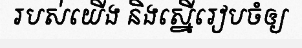
របស់យើង និងស្នើរៀបចំឲ្យ